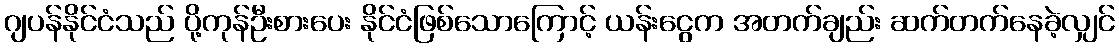
ဂျပန်နိုင်ငံသည် ပို့ကုန်ဦးစားပေး နိုင်ငံဖြစ်သောကြောင့် ယန်းငွေက အတက်ချည်း ဆက်တက်နေခဲ့လျှင်